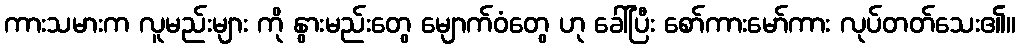
ကားသမားက လူမည်းများ ကို နွားမည်းတွေ မျောက်ဝံတွေ ဟု ခေါ်ပြီး စော်ကားမော်ကား လုပ်တတ်သေး၏။